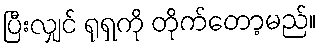
ပြီးလျှင် ရုရှကို တိုက်တော့မည်။